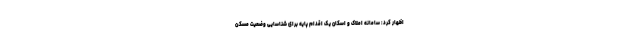
اظهار کرد: سامانه املاک و اسکان یک اقدام پایه برای شناسایی وضعیت مسکن